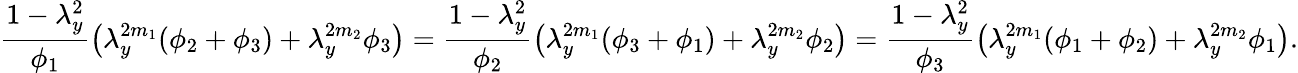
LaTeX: \frac{1-\lambda_{y}^{2}}{\phi_{1}}\big(\lambda_{y}^{2m_{1}}(\phi_{2}+\phi_{3})+\lambda_{y}^{2m_{2}}\phi_{3}\big)=\frac{1-\lambda_{y}^{2}}{\phi_{2}}\big(\lambda_{y}^{2m_{1}}(\phi_{3}+\phi_{1})+\lambda_{y}^{2m_{2}}\phi_{2}\big)=\frac{1-\lambda_{y}^{2}}{\phi_{3}}\big(\lambda_{y}^{2m_{1}}(\phi_{1}+\phi_{2})+\lambda_{y}^{2m_{2}}\phi_{1}\big).